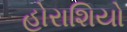
હોરાશિયો